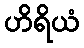
ဟိရိယံ